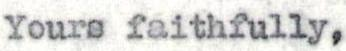
Yours faithfully,